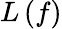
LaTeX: L\left(f\right)